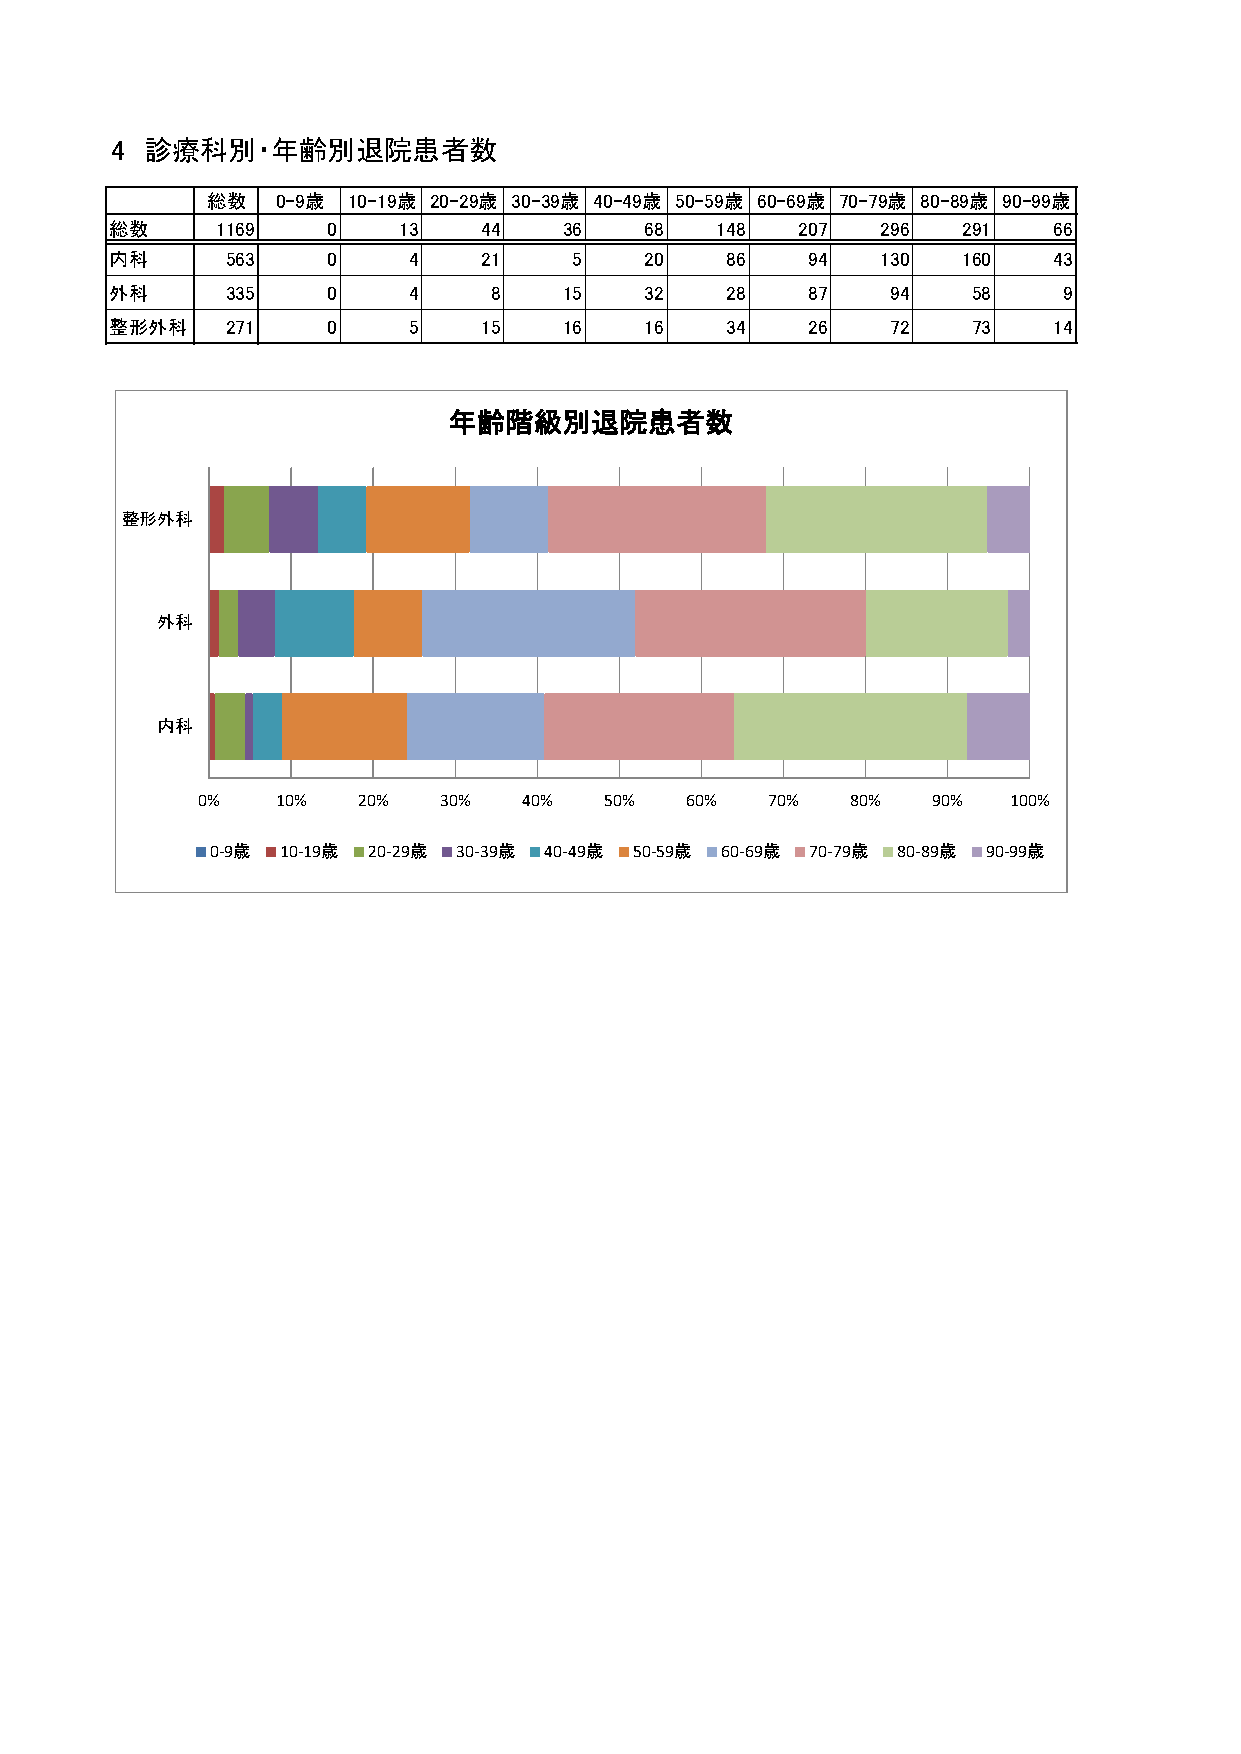
4  診療科別・年齢別退院患者数
 総数  0-9歳 10-19歳 20-29歳 30-39歳 40-49歳 50-59歳 60-69歳 70-79歳 80-89歳 90-99歳
 総数     1169    0   13    44   36    68  148   207  296   291   66
 内科      563    0    4    21    5    20   86   94   130   160   43
 外科      335    0    4    8    15    32   28   87    94   58    9
 整形外科    271    0    5    15   16    16   34   26    72   73    14
 年齢階級別退院患者数
 整形外科
 外科
 内科
 0%   10%   20%  30%   40%  50%  60%   70%  80%   90%  100%
 0-9歳 10-19歳 20-29歳 30-39歳 40-49歳 50-59歳 60-69歳 70-79歳 80-89歳 90-99歳